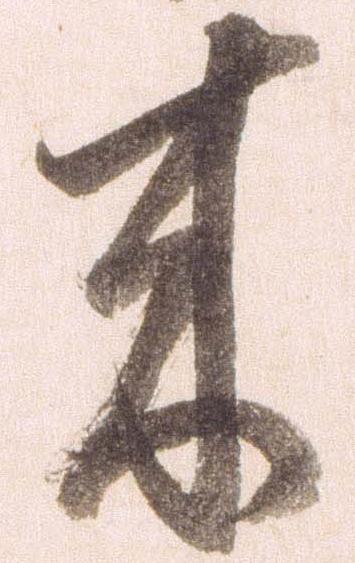
来